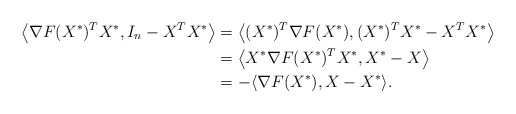
\begin{align*}\left\langle\nabla F(X^*)^TX^*, I_n-X^TX^*\right\rangle &= \left\langle (X^*)^T\nabla F(X^*), (X^*)^TX^*-X^TX^* \right\rangle \\&= \left\langle X^*\nabla F(X^*)^TX^*, X^*-X \right\rangle \\&= -\langle \nabla F(X^*), X-X^*\rangle. \end{align*}